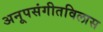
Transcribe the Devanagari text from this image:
अनूपसंगीतविलास